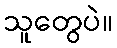
သူတွေပဲ။